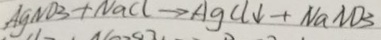
A g N O _ { 3 } + N a C l \rightarrow A g C l \downarrow + N a N O _ { 3 }